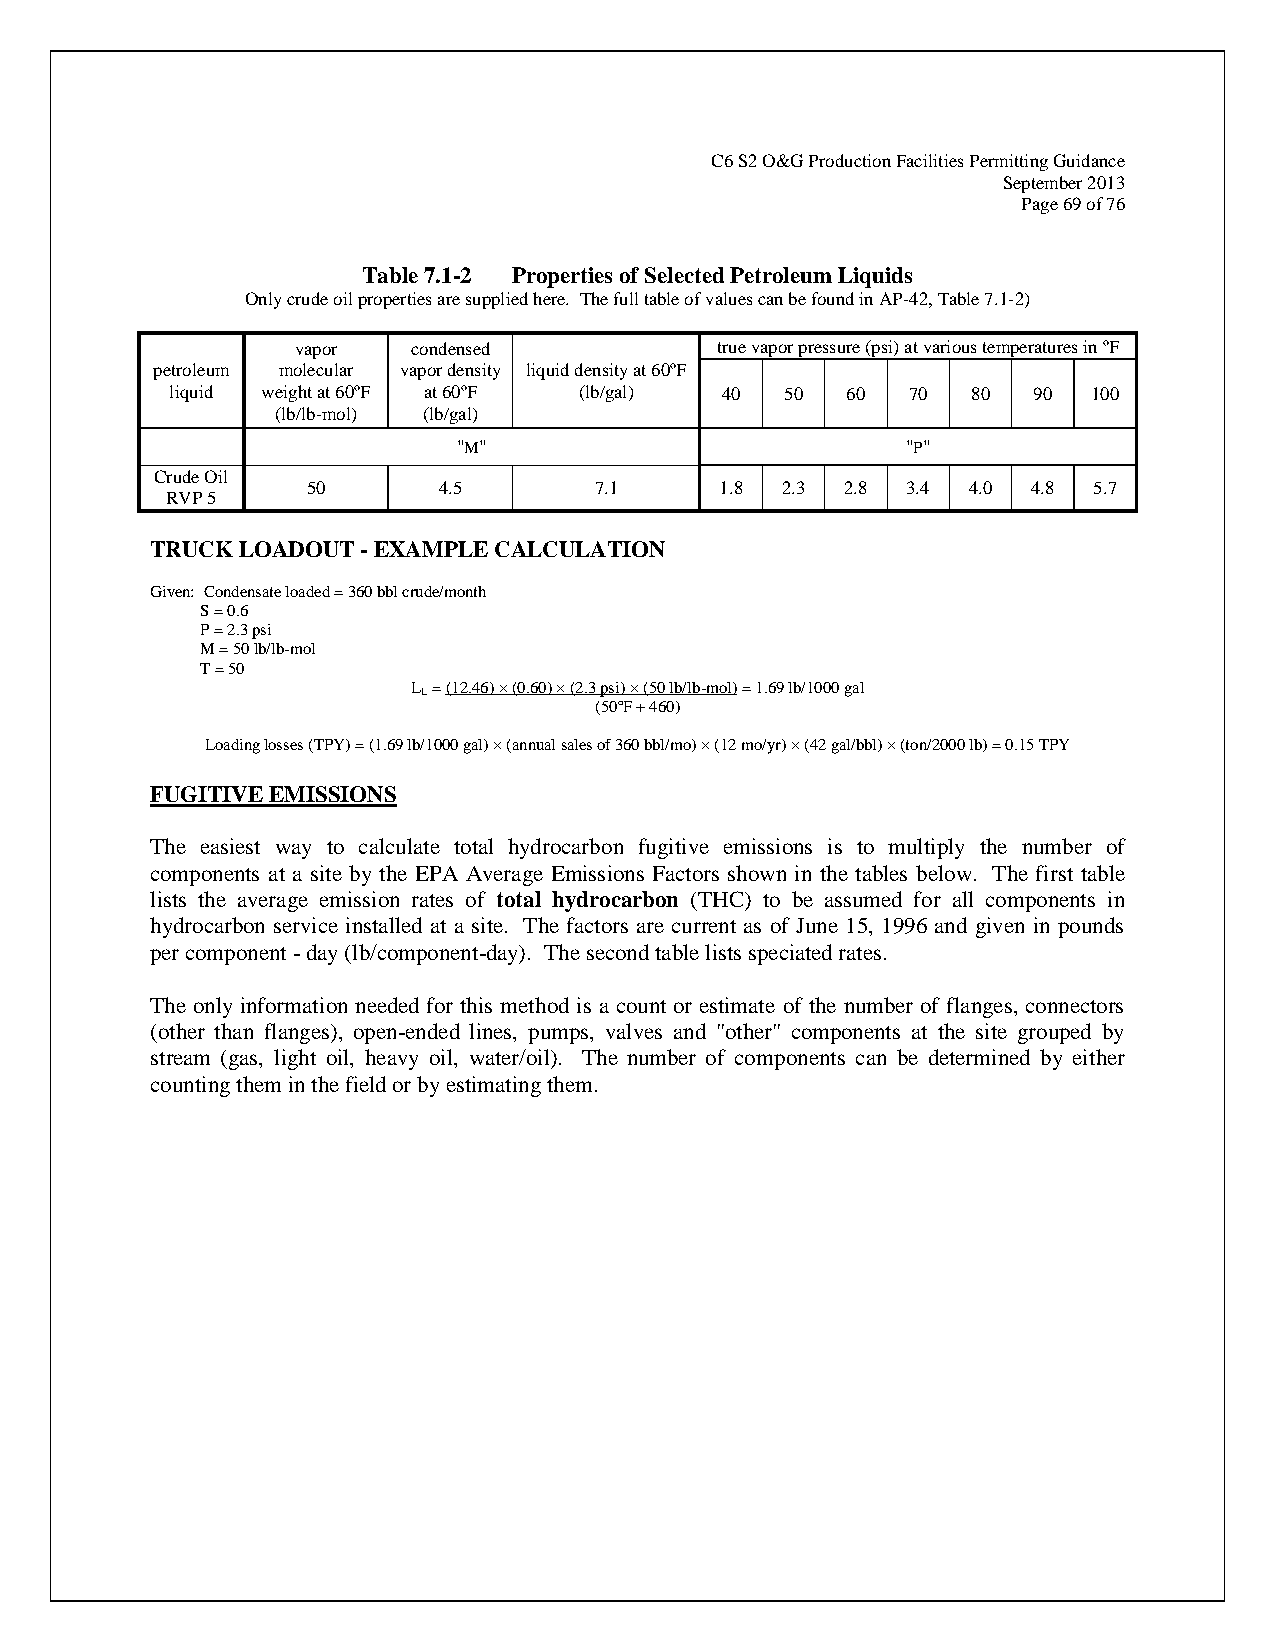
C6 S2 O&G Production Facilities Permitting Guidance
 September 2013
 Page 69 of 76
 Table 7.1-2 Properties of Selected Petroleum Liquids
 Only crude oil properties are supplied here. The full table of values can be found in AP-42, Table 7.1-2)
 vapor  condensed           true vapor pressure (psi) at various temperatures in ºF
 petroleum molecular vapor density liquid density at 60ºF
 liquid weight at 60ºF at 60ºF (lb/gal) 40 50 60  70  80  90  100
 (lb/lb-mol) (lb/gal)
 "M"                           "P"
 Crude Oil
 50       4.5       7.1      1.8 2.3 2.8 3.4 4.0 4.8 5.7
 RVP 5
 TRUCK LOADOUT - EXAMPLE CALCULATION
 Given: Condensate loaded = 360 bbl crude/month
 S = 0.6
 P = 2.3 psi
 M = 50 lb/lb-mol
 T = 50
 L = (12.46) × (0.60) × (2.3 psi) × (50 lb/lb-mol) = 1.69 lb/1000 gal
 L
 (50ºF + 460)
 Loading losses (TPY) = (1.69 lb/1000 gal) × (annual sales of 360 bbl/mo) × (12 mo/yr) × (42 gal/bbl) × (ton/2000 lb) = 0.15 TPY
 FUGITIVE EMISSIONS
 The easiest way to calculate total hydrocarbon fugitive emissions is to multiply the number of
 components at a site by the EPA Average Emissions Factors shown in the tables below. The first table
 lists the average emission rates of total hydrocarbon (THC) to be assumed for all components in
 hydrocarbon service installed at a site. The factors are current as of June 15, 1996 and given in pounds
 per component - day (lb/component-day). The second table lists speciated rates.
 The only information needed for this method is a count or estimate of the number of flanges, connectors
 (other than flanges), open-ended lines, pumps, valves and "other" components at the site grouped by
 stream (gas, light oil, heavy oil, water/oil). The number of components can be determined by either
 counting them in the field or by estimating them.